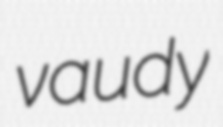
vaudy